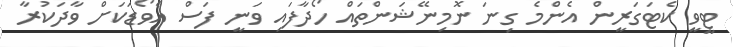
ޓީވީ ކެޓަގަރީން އެންމެ ގިނަ ނޮމިނޭޝަންތައް ހޯދާފައި ވަނީ ފަސް އެވޯޑަކަށް ވާދަކުރާ